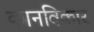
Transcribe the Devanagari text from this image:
कानविकार